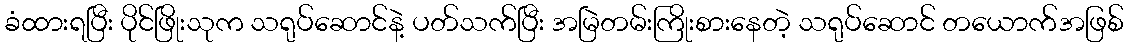
ခံထားရပြီး ပိုင်ဖြိုးသုက သရုပ်ဆောင်နဲ့ ပတ်သက်ပြီး အမြဲတမ်းကြိုးစားနေတဲ့ သရုပ်ဆောင် တယောက်အဖြစ်